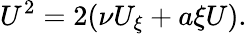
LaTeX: U^{2}=2(\nu U_{\xi}+a\xi U).